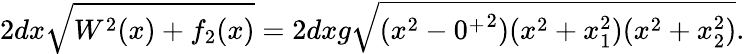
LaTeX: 2dx\sqrt{W^{2}(x)+f_{2}(x)}=2dxg\sqrt{(x^{2}-{0^{+}}^{2})(x^{2}+x_{1}^{2})(x^{2}+x_{2}^{2})}.